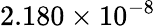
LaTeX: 2.180\times 10^{-8}